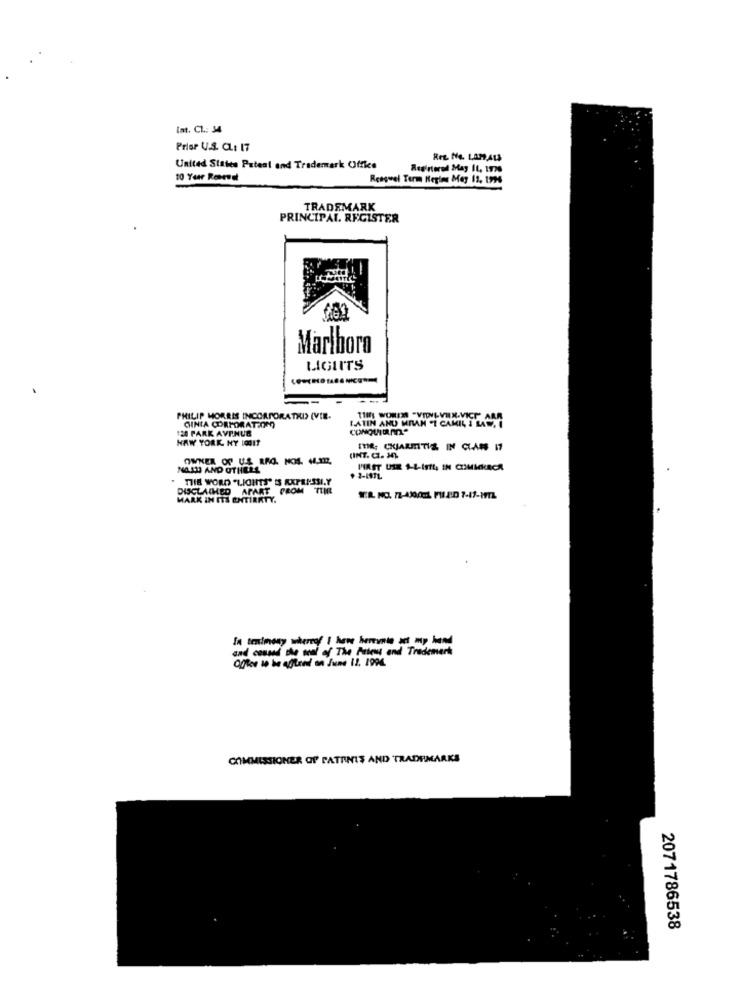
Int. CL .: 34
Prise U.S. CL: 17
United States Patent and Trademark Office
10 Yur Renewal
Reagwel Term Regime Meg 12, 1996
TRADEMARK
PRINCIPAL. REGISTER
Marlboro
LIGIITS
PHILIP MORRIS INCORPORATHIS (VIE-
GINIA CORPORATION
TIM: WORIN "VIDNEVIEN-VICH" ARR
120 PARK AVENUE
LATIN AND MILAN -I CAMIL I LA. I
HAY YORK NY LOUIT
IHR; CHIARMITIZ IN CLAN 17
(INT.C. 3]
NASH AND OTHELL
PIAST USZ 1-1-InfL, IN CUIMIKRCR
THE WORD "LIGHTS" IS RXPRASSI,Y
+ 2-187L
DISCLAIMED APART FROM TUR
MARK IN ITS ENTIRETY.
In tenimony whereof I have herente act my hand
and casand the soul of The Patent and Trademark
office to be offload on June 11. 1994
COMMISSIONER OF PATANIS AND TRADEMARKS
2071786538